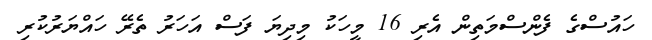
ހައުސްގެ ފެންސްމަތިން އެރި 16 މީހަކު މިދިޔަ ފަސް އަހަރު ތެރޭ ހައްޔަރުކުރި